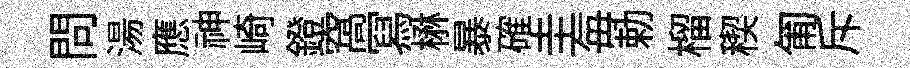
問湯應神崎鐙窩冩楙暴確圭毎勅榴稧匍斥